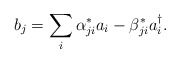
\begin{align*}b_{j}=\sum_{i}\alpha^{*}_{ji}a_{i}-\beta^{*}_{ji}a^{\dag}_{i}. \end{align*}